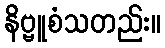
နိဗ္ဗူစံသတည်း။